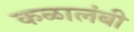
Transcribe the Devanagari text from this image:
कळालंबी